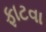
ફાટવા